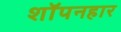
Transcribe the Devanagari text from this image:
शॉपनहार